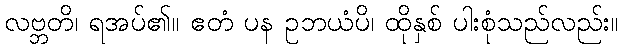
လဗ္ဘတိ၊ ရအပ်၏။ ဧတံ ပန ဥဘယံပိ၊ ထိုနှစ် ပါးစုံသည်လည်း။